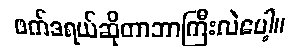
ဖက်ဒရယ်ဆိုတာဘာကြီးလဲပေါ့။